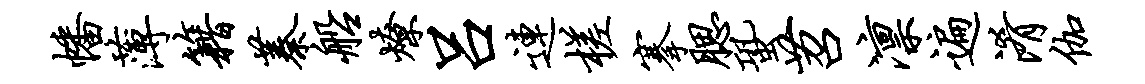
幡薄籍蓁船燎吕连槎搴腮蛩苕凛遍淆伽